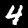
Label: 4